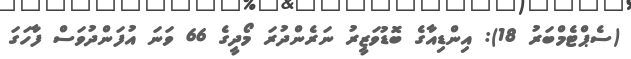
(ސެޕްޓެމްބަރު 18): އިންޑިއާގެ ބޮޑުވަޒީރު ނަރެންދުރަ މޯދީގެ 66 ވަނަ އުފަންދުވަސް ފާހަގަ